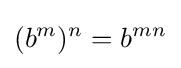
(b^{m})^{n}=b^{mn}